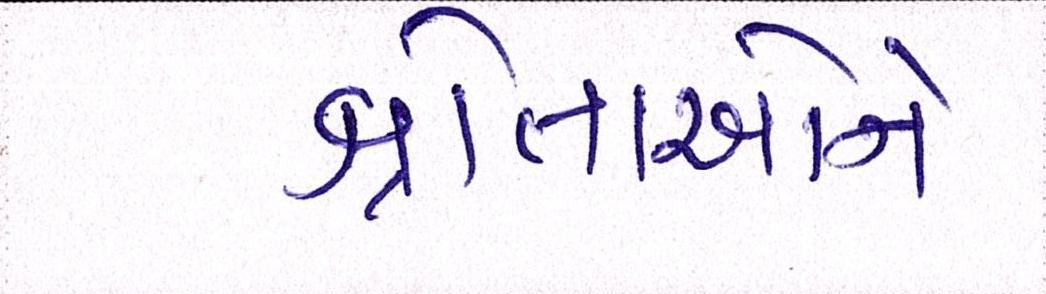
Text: શ્રોતાઓને